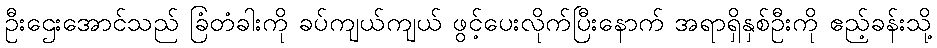
ဦးဌေးအောင်သည် ခြံတံခါးကို ခပ်ကျယ်ကျယ် ဖွင့်ပေးလိုက်ပြီးနောက် အရာရှိနှစ်ဦးကို ဧည့်ခန်းသို့